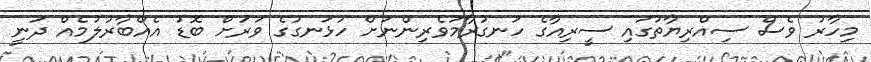
މިހާރު ވެސް ސިއްރިޔާތުގައި ސީރިއާގެ ހަނގުރާމަވެރިންނަށް ހުޅަނގުގެ ވަރަށް ބޮޑު އެއްބާރުލުމެއް ދަނީ